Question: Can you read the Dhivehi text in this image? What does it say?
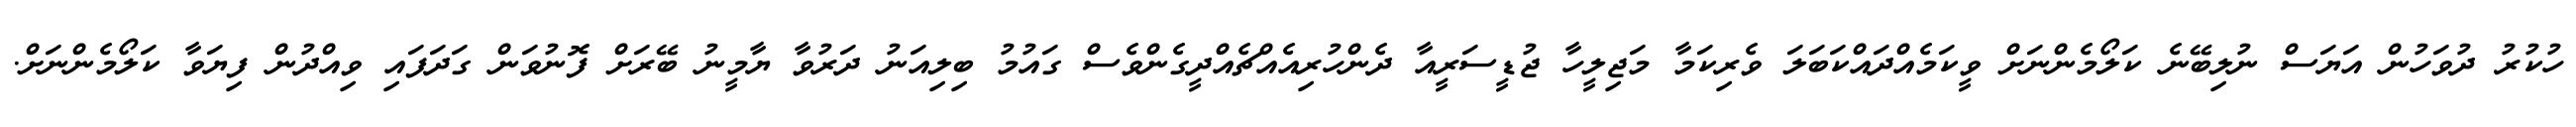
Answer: ހުކުރު ދުވަހުން އަޔަސް ނުލިބޭނެ ކަލޯމެންނަށް ވީކަމެއްދައްކަބަލަ ވެރިކަމާ މަޖިލީހާ ޖުޑީސަރީއާ ދެންހުރިއެއްޗެއްދީގެންވެސް ގައުމު ބިލިއަނު ދަރުވާ ޔާމީނު ބޭރަށް ފޮނުވަން ގަދަފައި ވިއްދުން ފިޔަވާ ކަލޯމެންނަށް.